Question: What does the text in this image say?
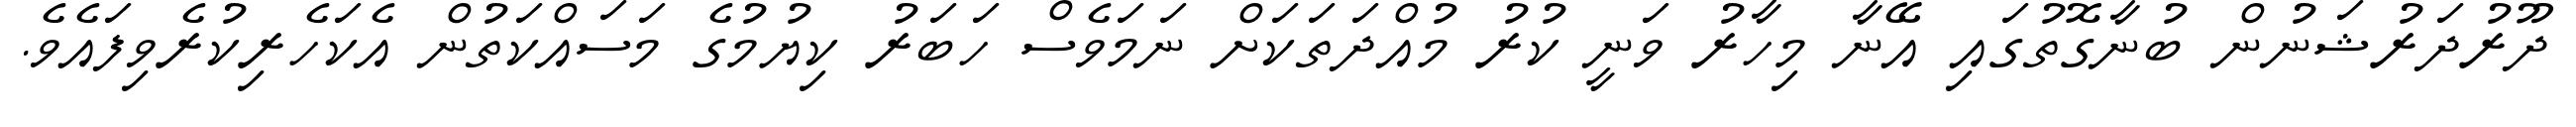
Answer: ދޫރުދަރުޝަނުން ބުނާގޮތުގައި އޭނާ މިހާރު ވަނީ ކުރު މުއްދަތަކަށް ނަމަވެސް ހަބަރު ކިޔުމުގެ މަސައްކަތުން އެކަހެރިކުރެވިފައެވެ.